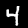
Label: 4